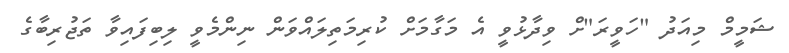
ޝަމީމް މިއަދު "ހަވީރަ"ށް ވިދާޅުވީ އެ މަގާމަށް ކުރިމަތިލައްވަން ނިންމެވީ ލިބިފައިވާ ތަޖުރިބާގެ